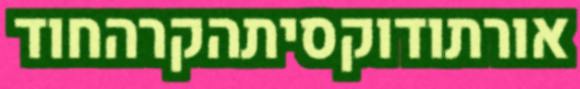
אורתודוקסיתהקרהחוד